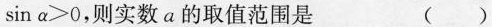
sinα>0，则实数a的取值范围是 ()